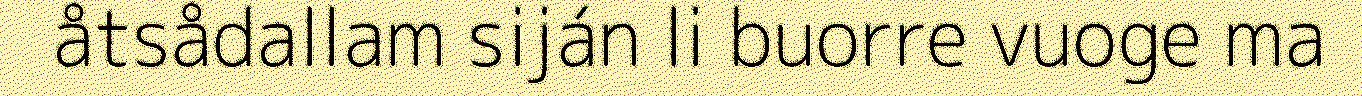
åtsådallam siján li buorre vuoge ma